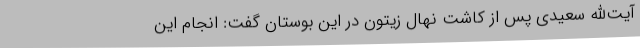
آیت‌الله سعیدی پس از کاشت نهال زیتون در این بوستان گفت: انجام این